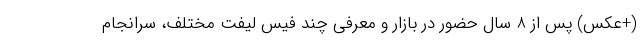
(+عکس) پس از 8 سال حضور در بازار و معرفی چند فیس لیفت مختلف، سرانجام